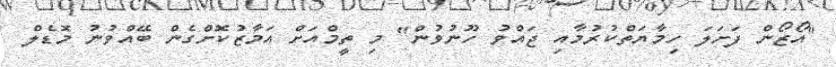
"އޯޒޯން ފަށަލަ ހިމާޔަތްކުރުމާއި ޖައްވު ހޫނުވުން" މި ތީމްއަށް އަމާޒުކޮށްގެން ބޭއްވުނު މޮޑެލް